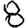
Digit: 8